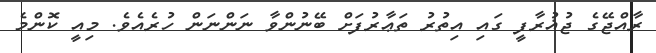
ރާއްޖޭގެ ޖުޣުރާފީ ގައި އިތުރު ތަޢާރުފަށް ބޭނުންވާ ނަންނަން ހުރެއެވެ. މިއީ ކޮންމެ